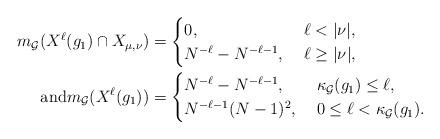
LaTeX: \begin{align*}m_\mathcal{G}(X^\ell(g_1)\cap X_{\mu,\nu})&=\begin{cases} 0, \; &\ell< |\nu|,\\N^{-\ell}-N^{-\ell-1}, \; & \ell\geq |\nu|,\end{cases}\\\mbox{and}m_\mathcal{G}(X^\ell(g_1))&=\begin{cases} N^{-\ell}-N^{-\ell-1}, \; &\kappa_\mathcal{G}(g_1)\leq \ell,\\N^{-\ell-1}(N-1)^2, \; &0\leq \ell< \kappa_\mathcal{G}(g_1).\end{cases}\end{align*}